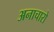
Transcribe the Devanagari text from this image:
अनाचारो